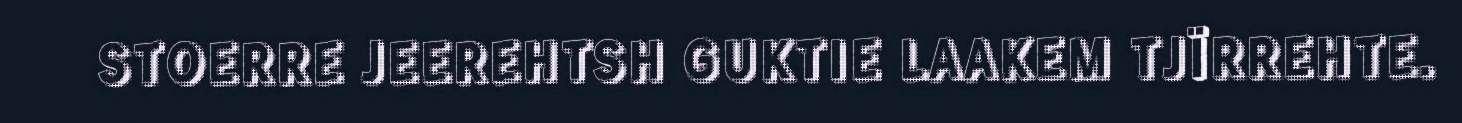
STOERRE JEEREHTSH GUKTIE LAAKEM TJÏRREHTE.